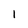
Character: l